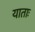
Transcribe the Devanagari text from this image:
याताः